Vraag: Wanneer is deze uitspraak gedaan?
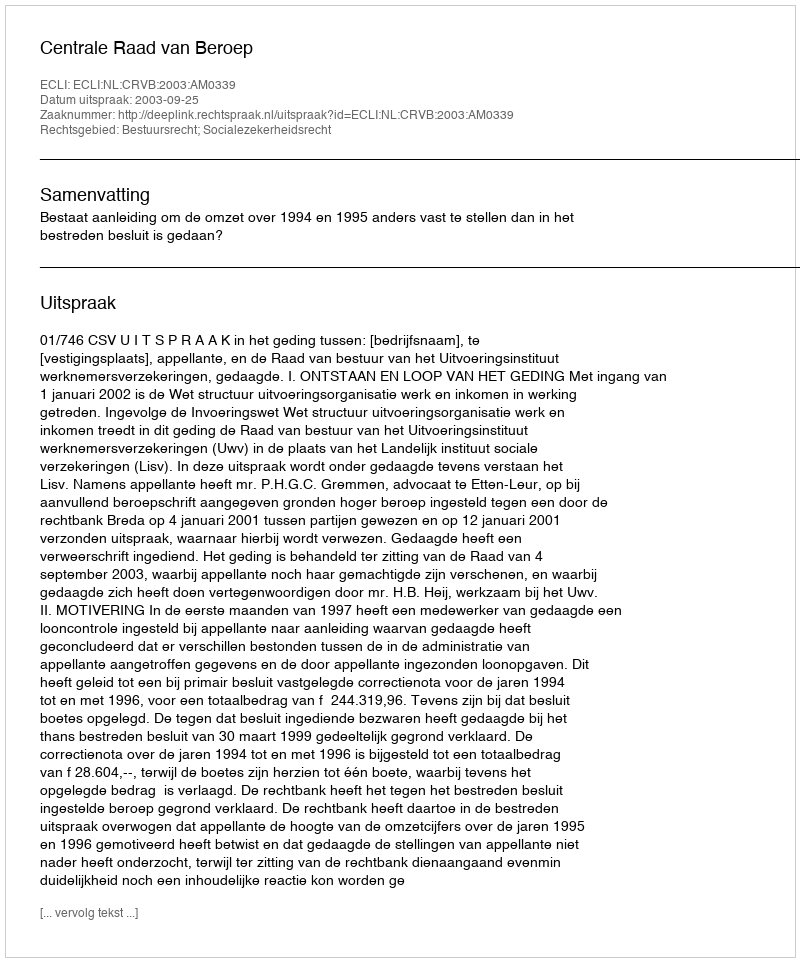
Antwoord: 2003-09-25